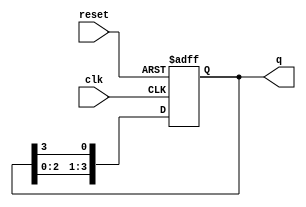
module ring_counter (
    input wire clk,       // Clock input
    input wire reset,     // Asynchronous reset
    output reg [3:0] q    // 4-bit output
);

// Initial state
initial begin
    q = 4'b0001; // Start with the first state
end

// Always block triggered on the rising edge of the clock or reset
always @(posedge clk or posedge reset) begin
    if (reset) begin
        q <= 4'b0001; // Reset to initial state
    end else begin
        // Shift the '1' to the next flip-flop
        q <= {q[2:0], q[3]}; // Shift left and wrap around
    end
end

endmodule